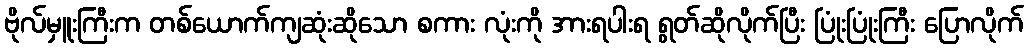
ဗိုလ်မှူးကြီးက တစ်ယောက်ကျဆုံးဆိုသော စကား လုံးကို အားရပါးရ ရွတ်ဆိုလိုက်ပြီး ပြုံးပြုံးကြီး ပြောလိုက်